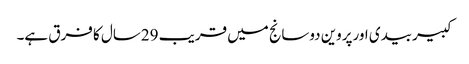
کبیربیدی اورپروین دوسانج میں قریب 29سال کا فرق ہے۔